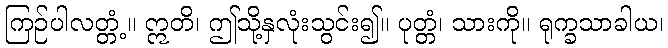
ကြဉ်ပါလတ္တံ့။ ဣတိ၊ ဤသို့နှလုံးသွင်း၍။ ပုတ္တံ၊ သားကို။ ရုက္ခသာခါယ၊